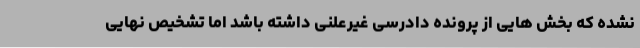
نشده که بخش هایی از پرونده دادرسی غیرعلنی داشته باشد اما تشخیص نهایی